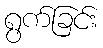
ရွက်ခြင်း